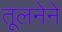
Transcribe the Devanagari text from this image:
तूलनेने